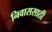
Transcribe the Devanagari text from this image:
निवाससाठी